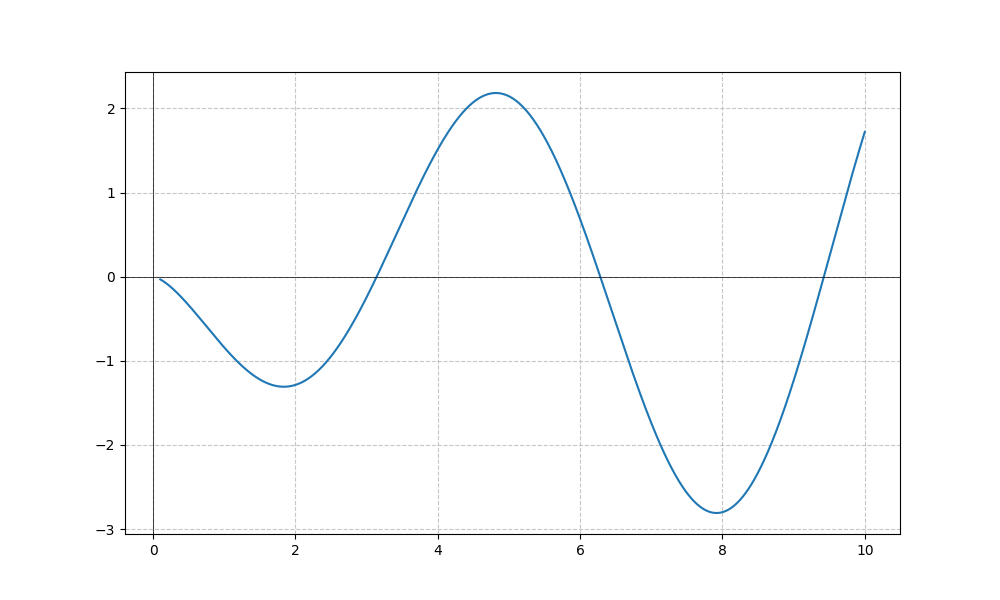
LaTeX formula: - \sqrt{x} \sin{\left(x \right)}